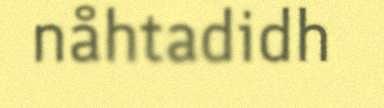
nåhtadidh